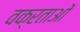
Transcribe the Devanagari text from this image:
वक्रताओं